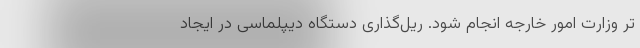
تر وزارت امور خارجه انجام شود. ریل‌گذاری دستگاه دیپلماسی در ایجاد